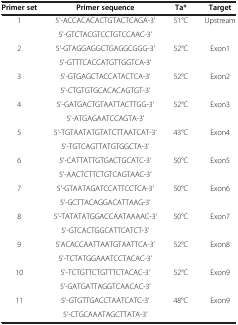
<table><thead><tr><td><b>Primer set</b></td><td><b>Primer sequence</b></td><td><b>Ta*</b></td><td><b>Target</b></td></tr></thead><tbody><tr><td rowspan="2">1</td><td>5&#x27;-ACCACACACTGTACTCAGA-3&#x27;</td><td rowspan="2">51°C</td><td rowspan="2">Upstream</td></tr><tr><td>5&#x27;-GTCTACGTCCTGTCCAAC-3&#x27;</td></tr><tr><td rowspan="2">2</td><td>5&#x27;-GTAGGAGGCTGAGGCGGG-3&#x27;</td><td rowspan="2">52°C</td><td rowspan="2">Exon1</td></tr><tr><td>5&#x27;-GTTTCACCATGTTGGTCA-3&#x27;</td></tr><tr><td rowspan="2">3</td><td>5&#x27;-GTGAGCTACCATACTCA-3&#x27;</td><td rowspan="2">52°C</td><td rowspan="2">Exon2</td></tr><tr><td>5&#x27;-CTGTGTGCACACAGTGT-3&#x27;</td></tr><tr><td rowspan="2">4</td><td>5&#x27;-GATGACTGTAATTACTTGG-3&#x27;</td><td rowspan="2">52°C</td><td rowspan="2">Exon3</td></tr><tr><td>5&#x27;-ATGAGAATCCAGTA-3&#x27;</td></tr><tr><td rowspan="2">5</td><td>5&#x27;-TGTAATATGTATCTTAATCAT-3&#x27;</td><td rowspan="2">43°C</td><td rowspan="2">Exon4</td></tr><tr><td>5&#x27;-TGTCAGTTATGTGGCTA-3&#x27;</td></tr><tr><td rowspan="2">6</td><td>5&#x27;-CATTATTGTGACTGCATC-3&#x27;</td><td rowspan="2">50°C</td><td rowspan="2">Exon5</td></tr><tr><td>5&#x27;-AACTCTTCTGTCAGTAAC-3&#x27;</td></tr><tr><td rowspan="2">7</td><td>5&#x27;-GTAATAGATCCATTCCTCA-3&#x27;</td><td rowspan="2">50°C</td><td rowspan="2">Exon6</td></tr><tr><td>5&#x27;-GCTTACAGGACATTAAG-3&#x27;</td></tr><tr><td rowspan="2">8</td><td>5&#x27;-TATATATGGACCAATAAAAC-3&#x27;</td><td rowspan="2">50°C</td><td rowspan="2">Exon7</td></tr><tr><td>5&#x27;-GTCACTGGCATTCATCT-3&#x27;</td></tr><tr><td rowspan="2">9</td><td>5&#x27;ACACCAATTAATGTAATTCA-3&#x27;</td><td rowspan="2">52°C</td><td rowspan="2">Exon8</td></tr><tr><td>5&#x27;-TCTATGGAAATCCTACAC-3&#x27;</td></tr><tr><td rowspan="2">10</td><td>5&#x27;-TCTGTTCTGTTTCTACAC-3&#x27;</td><td rowspan="2">52°C</td><td rowspan="2">Exon9</td></tr><tr><td>5&#x27;-GATGATTAGGTCAACAC-3&#x27;</td></tr><tr><td rowspan="2">11</td><td>5&#x27;-GTGTTGACCTAATCATC-3&#x27;</td><td rowspan="2">48°C</td><td rowspan="2">Exon9</td></tr><tr><td>5&#x27;-CTGCAAATAGCTTATA-3&#x27;</td></tr></tbody></table>